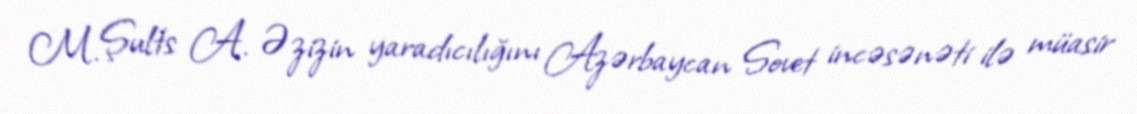
M. Şults A. Əzizin yaradıcılığını Azərbaycan Sovet incəsənəti ilə müasir